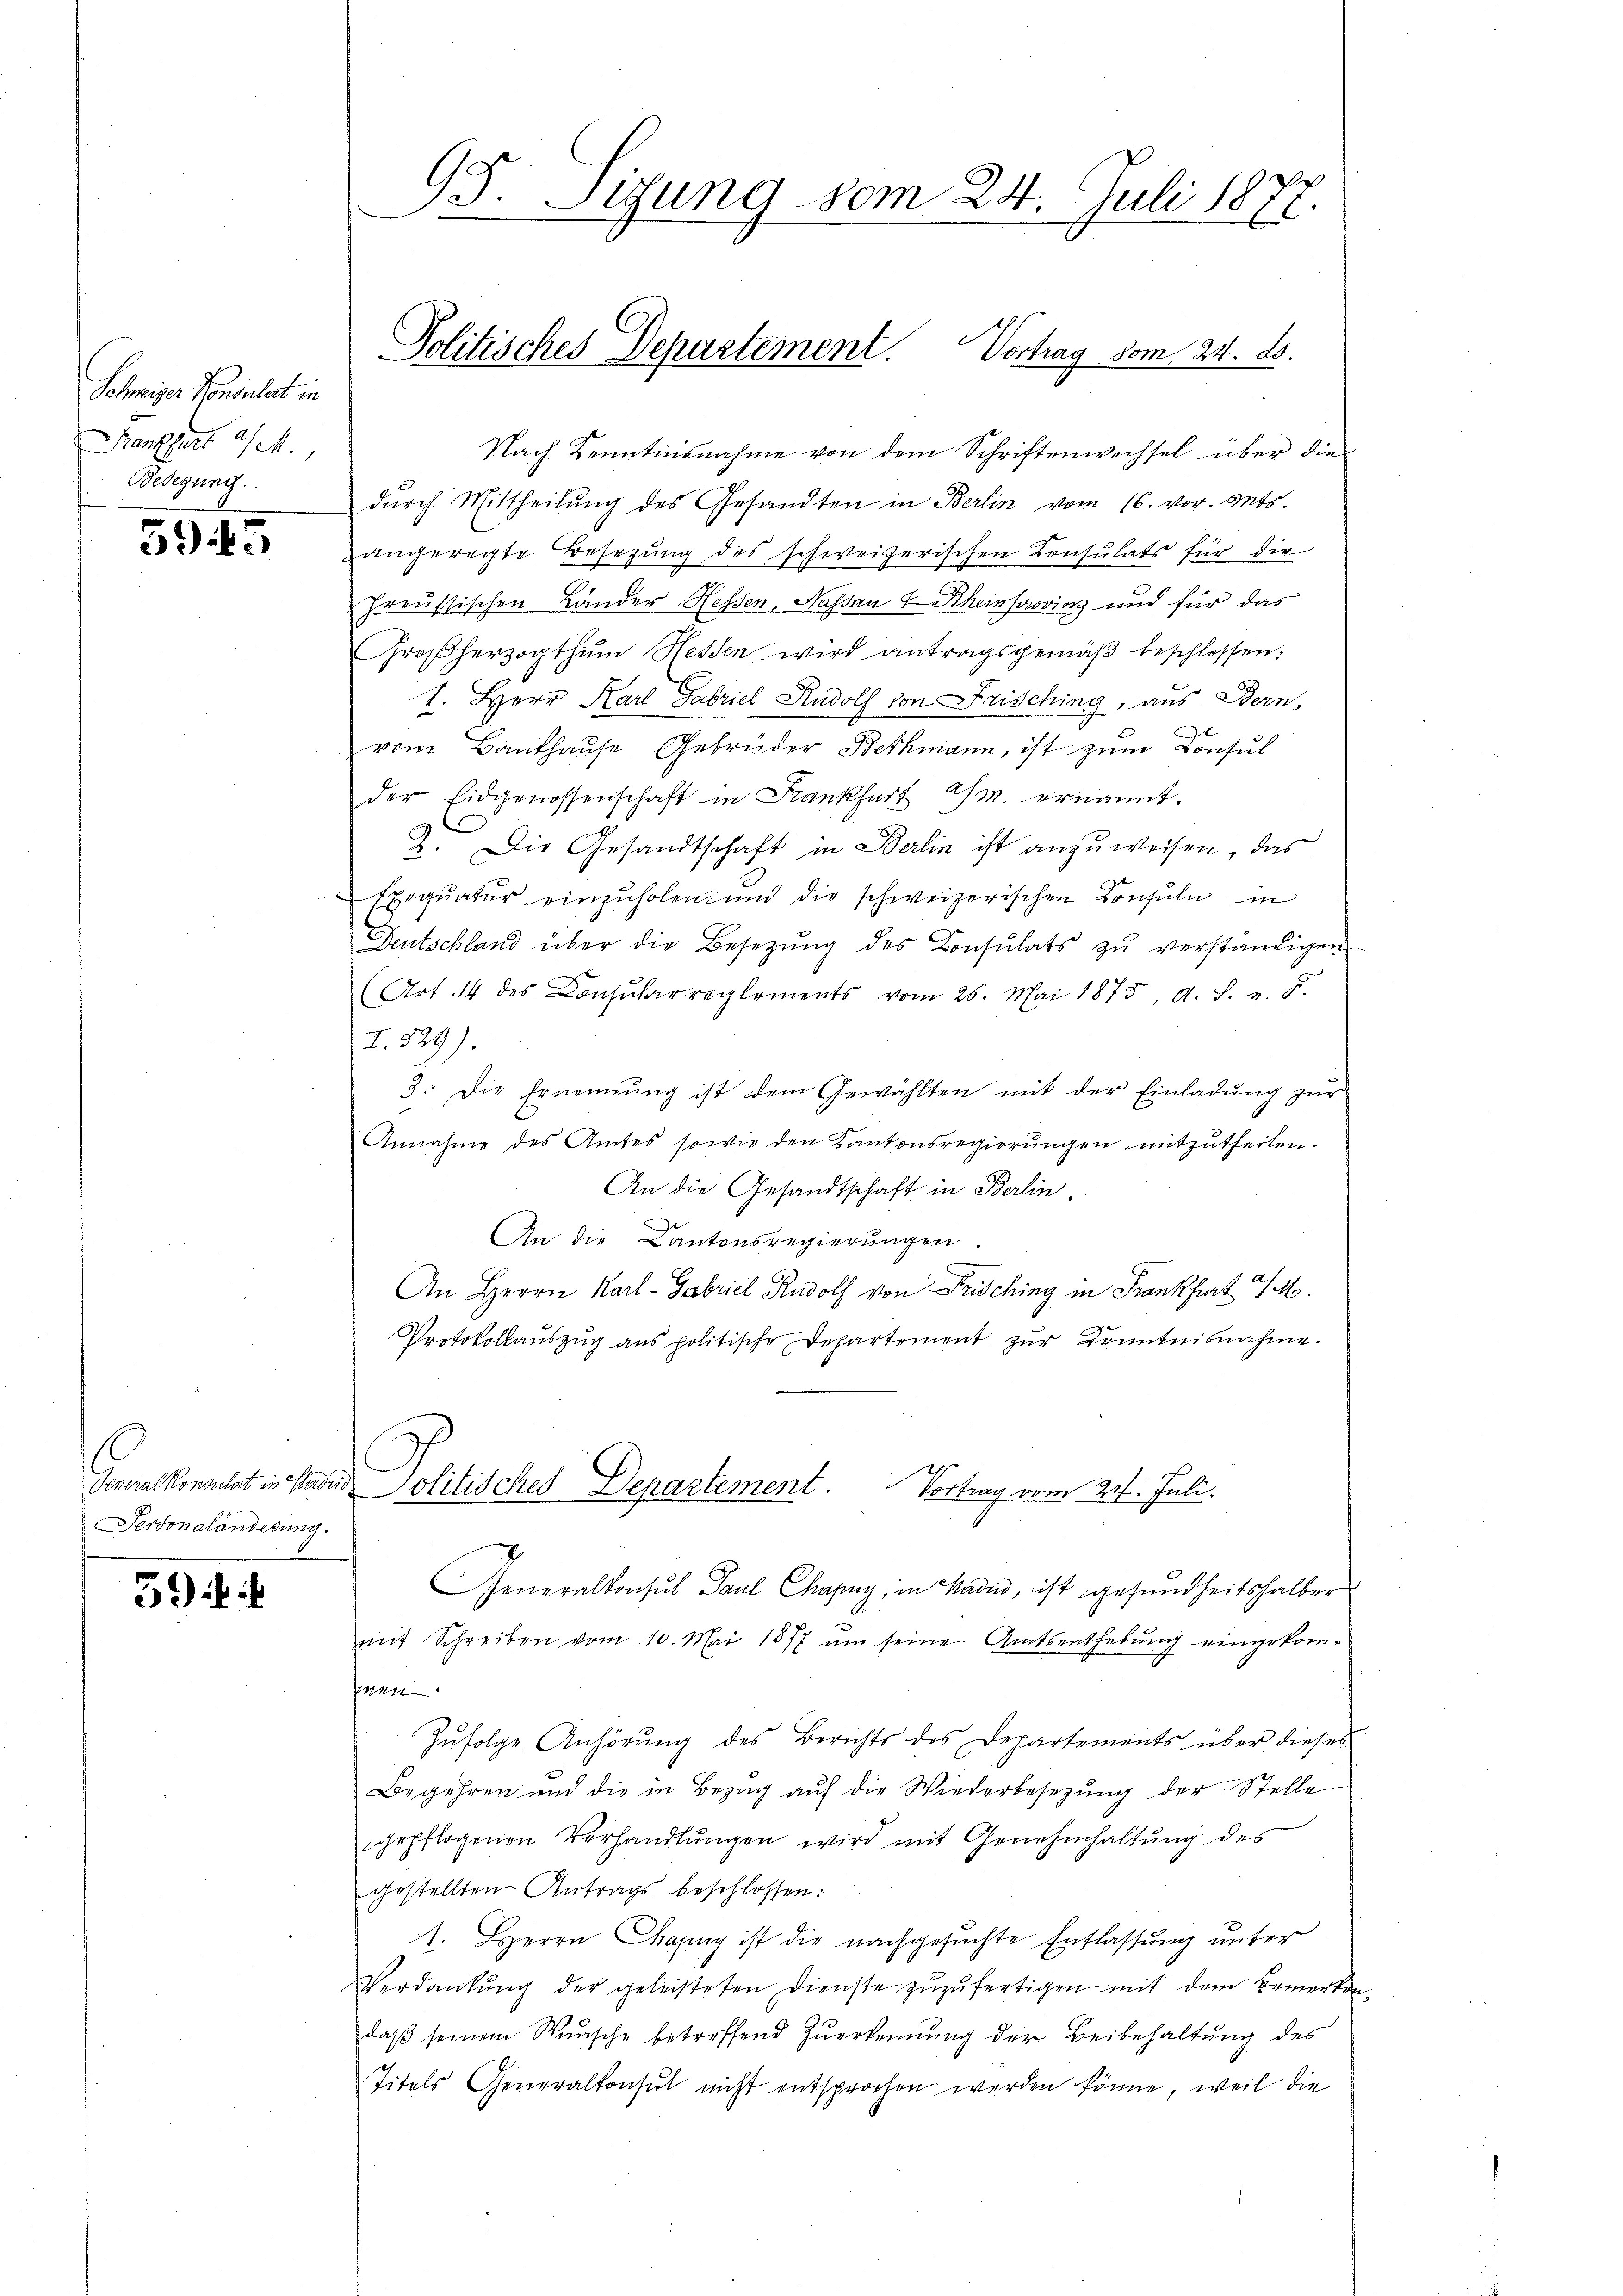
Schweiger Konsulat in
Kankfurt a/M.
Besegung.

5945

Sertonaländerung.

39) i

93. Sizung vom 24. Juli 1877.

Nach Kenntnisnahme von dem Schriftenwechsel über die
dŭrch Mittheilung des Gesandten in Berlin vom 16. vor. Mts.
angeregte Besetzŭng des schweizerischen Konsulats für die
Preussischen Lander Hessen, Nassau I Rheintrovins und für das
Großherzogthum Hessen wird antragsgemäß beschlossen:
1. Herr Karl Gabriel Rudolf von Frisching, aus Bern,
vom Bauthause Gebrüder Bethmann, ist zum Konsul
der Eidgenossenschaft in Frankfurt a/m. ernannt.
e
2. Die Gesandtschaft in Berlin ist anzuweisen, das
Exeqŭatŭr einzŭholen und die schweizerischen Consuln in
Deutschland über die Besetzŭng des Consulats zŭ verständigen
(Art. 14 des Consularreglements vom 26. Mai 1875, A. S. u. 5.
I.529).
3. Die Ernennung ist dem Gewählten mit der Einladŭng zŭr
Annahme des Amtes sowie den Kantonsregierŭngen mitzutheilen.
An die Gesandtschaft in Berlin
e
An die Kantonsregierungen.
An Herrn Karl-Gabriel Rudolf von Frisching in Frankfurt a/M.
Protokollaŭszŭg ans politische Departement zŭr Kenntnisnahme.
Generalkonsulat in Haus Politisches Departement. Vortrag vom 24. Juli.
Generalkonsul Paul Chagny, in Madi, ist gesundheitshalber
mit Schreiben vom 10. Mai 1877 um seine Amtsenthebung eingekomhaen
Zufolge Anhörung des Berichts des Departements über dieses
Begehren und die in Bezug auf die Wiederbesetzung der Stelle
gepflogenen Verhandlungen wird mit Genehmhaltung des
gestellten Antrags beschlossen:
1. Herrn Chapuy ist die nachgesuchte Entlassung unter
Verdankŭng der geleisteten Dienste zŭzŭfertigen mit dem Bemerken
daβ seinem Wunsche betreffend Zŭerkennung der Beibehaltung des
Titels Generalkonsul nicht entsprochen werden könne, weil die

Politisches Departement. Vortrag vom 24. ds.